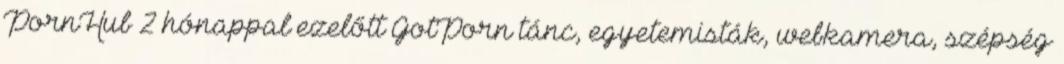
PornHub 2 hónappal ezelőtt GotPorn tánc, egyetemisták, webkamera, szépség